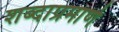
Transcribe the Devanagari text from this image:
शब्दाप्रमाणे